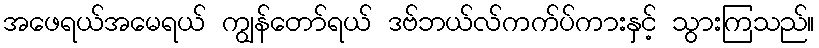
အဖေရယ်အမေရယ် ကျွန်တော်ရယ် ဒဗ်ဘယ်လ်ကက်ပ်ကားနှင့် သွားကြသည်။